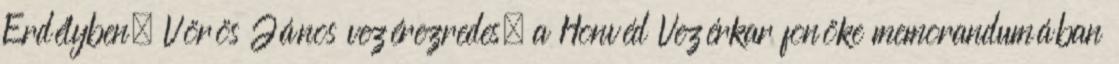
Erdélyben. Vörös János vezérezredes, a Honvéd Vezérkar fõnöke memorandumában